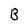
Character: B